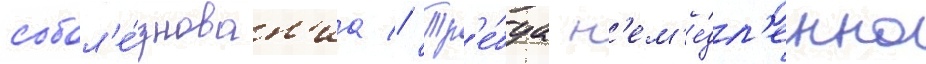
собол'е́знован'иа // Тр'е́буа н'ем'е́дл'енно